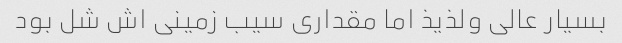
بسیار عالی ولذیذ اما مقداری سیب زمینی اش شل بود